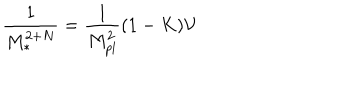
\frac { 1 } { M _ { \ast } ^ { 2 + N } } = \frac { 1 } { M _ { p l } ^ { 2 } } ( 1 - K ) { \cal V }